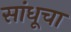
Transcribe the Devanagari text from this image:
सांधूचा